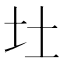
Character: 𪢴